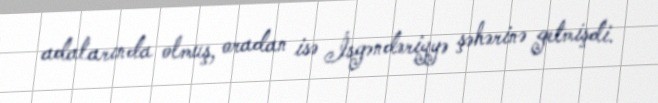
adalarında olmuş, oradan isə İsgəndəriyyə şəhərinə getmişdi.